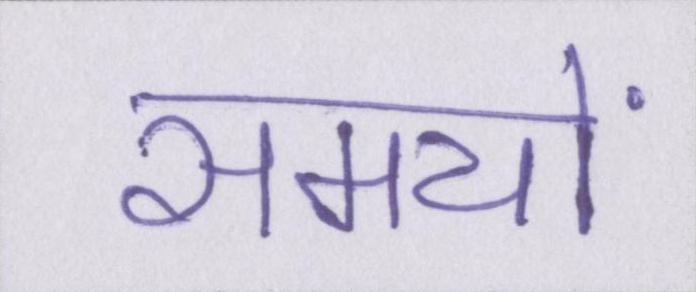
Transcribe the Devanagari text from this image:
समयों